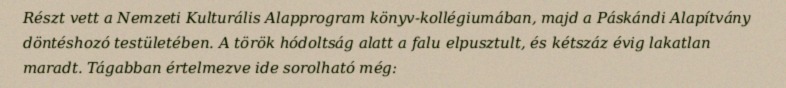
Részt vett a Nemzeti Kulturális Alapprogram könyv-kollégiumában, majd a Páskándi Alapítvány döntéshozó testületében. A török hódoltság alatt a falu elpusztult, és kétszáz évig lakatlan maradt. Tágabban értelmezve ide sorolható még: